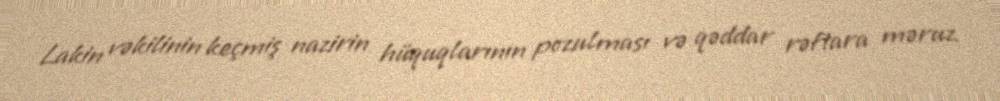
Lakin vəkilinin keçmiş nazirin hüquqlarının pozulması və qəddar rəftara məruz